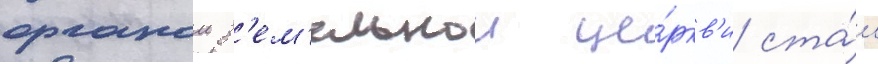
органом з'ем'ельнои це́ркв'и ста́л